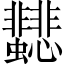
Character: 𩈂